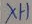
Text: XH